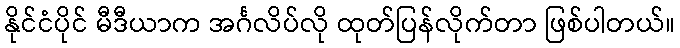
နိုင်ငံပိုင် မီဒီယာက အင်္ဂလိပ်လို ထုတ်ပြန်လိုက်တာ ဖြစ်ပါတယ်။